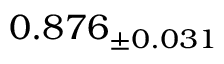
0 . 8 7 6 _ { \pm 0 . 0 3 1 }